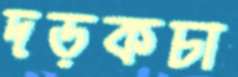
দড়কচা